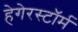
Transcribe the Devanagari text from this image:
हेगेरस्टॉर्म